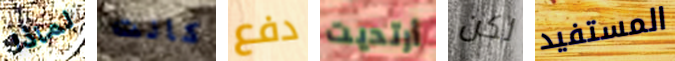
لماذا كانت دفع أرتديت لكن المستفيد